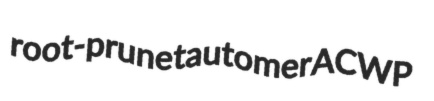
root-prune tautomer ACWP